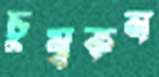
চুম্বকন